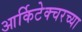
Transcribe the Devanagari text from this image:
आर्किटेक्चरच्या